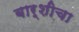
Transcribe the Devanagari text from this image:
बार्शीचा